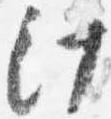
汁